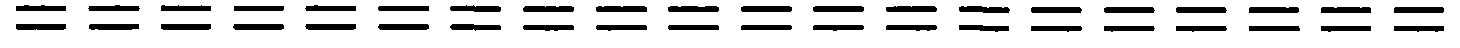
====================